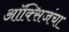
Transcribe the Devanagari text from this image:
ऑक्सिजंचा